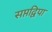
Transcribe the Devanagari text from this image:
सप्तद्विपा